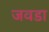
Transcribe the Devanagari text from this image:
जवडा